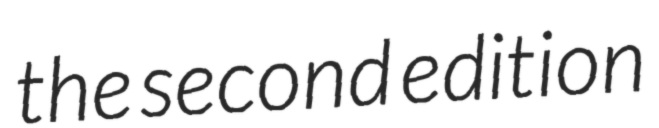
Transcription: the second edition